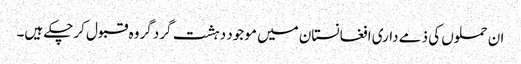
ان حملوں کی ذمے داری افغانستان میں موجود دہشت گرد گروہ قبول کرچکے ہیں۔